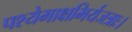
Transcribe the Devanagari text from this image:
पश्येमाक्षभिर्यजत्राः।